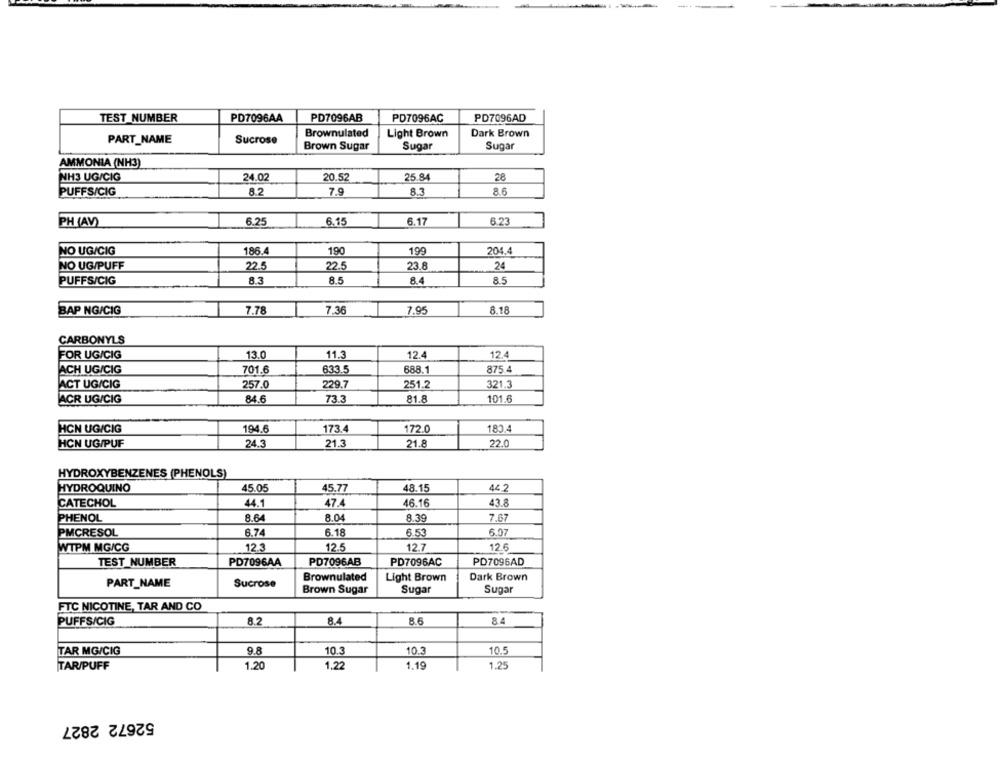
TEST NUMBER
PD7096AA
PD7096AB
PD7096AC
PD7096AD
Brownulated
Light Brown
Dark Brown
PART_NAME
Sucrose
Brown Sugar
Sugar
Sugar
AMMONIA (NH3)
24.02
NH3 UG/CIG
20.52
25.84
28
7.9
8.6
PUFFS/CIG
8.2
8.3
-
6.17
6.23
PH (AV)
6.25
6.15
NO UG/CIG
186.4
190
199
204.4
NO UG/PUFF
22.5
22.5
23.8
24
PUFFS/CIG
8.3
8.5
8.4
8.5
BAP NG/CIG
7.78
7.36
7.95
8.18
CARBONYLS
FOR UG/CIG
13.0
11.3
12.4
12.4
ACH UG/CIG
701.6
633.5
688.1
875.4
ACT UG/CIG
257.0
229.7
251.2
321.3
ACR UG/CIG
84.6
73.3
81.8
101.6
HCN UG/CIG
194.6
173.4
172.0
180.4
HCN UG/PUF
24.3
21.3
21.8
22.0
HYDROXYBENZENES (PHENOLS)
HYDROQUINO
45.05
45.77
48.15
44.2
CATECHOL
44.1
47.4
46.16
43.8
PHENOL
8.64
8.04
8.39
7.67
PMCRESOL
6.74
6.18
6.53
6.07
WTPM MG/CG
12.3
12.5
12.7
12.6
TEST NUMBER
PD7096AA
PD7096AB
PD7096AC
PD7096AD
Brownulated
Light Brown
Dark Brown
PART_NAME
Sucrose
Brown Sugar
Sugar
Sugar
FTC NICOTINE, TAR AND CO
PUFFS/CIG
8.2
8.4
8.6
84
TAR MG/CIG
9.8
10.3
10.3
10.5
TAR/PUFF
1.20
1.22
1.19
1.25
52672 2827